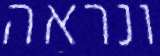
ונראה